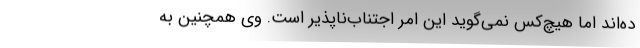
ده‌اند اما هیچ‌کس نمی‌گوید این امر اجتناب‌ناپذیر است. وی همچنین به